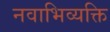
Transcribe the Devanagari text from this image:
नवाभिव्यक्ति